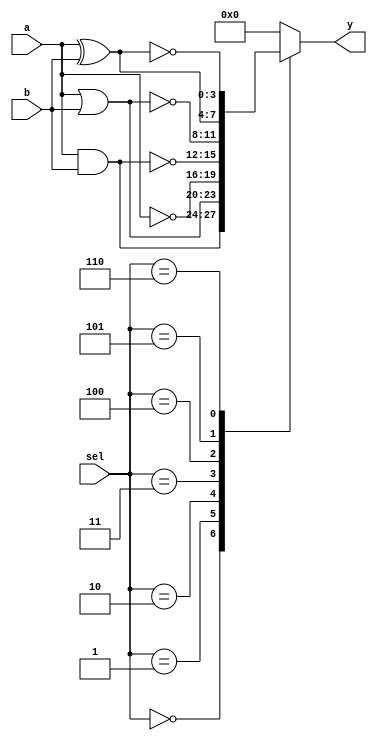
module covered_cells (
    input wire [3:0] a,         // 4-bit Input A
    input wire [3:0] b,         // 4-bit Input B
    input wire [2:0] sel,       // 3-bit selector for logical operation
    output reg [3:0] y          // 4-bit Output Y
);

// Parameters for logical operations
parameter AND_OP = 3'b000;
parameter OR_OP  = 3'b001;
parameter NOT_OP = 3'b010; // NOT operation will be applied to only input A
parameter NAND_OP = 3'b011;
parameter NOR_OP  = 3'b100;
parameter XOR_OP  = 3'b101;
parameter XNOR_OP = 3'b110;

always @(*) begin
    case (sel)
        AND_OP:   y = a & b;                     // AND operation
        OR_OP:    y = a | b;                     // OR operation
        NOT_OP:   y = ~a;                        // NOT operation on A
        NAND_OP:  y = ~(a & b);                  // NAND operation
        NOR_OP:   y = ~(a | b);                  // NOR operation
        XOR_OP:   y = a ^ b;                     // XOR operation
        XNOR_OP:  y = ~(a ^ b);                  // XNOR operation
        default:  y = 4'b0000;                   // Default output
    endcase
end

endmodule